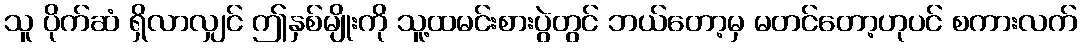
သူ ပိုက်ဆံ ရှိလာလျှင် ဤနှစ်မျိုးကို သူ့ထမင်းစားပွဲတွင် ဘယ်တော့မှ မတင်တော့ဟုပင် စကားလက်